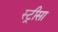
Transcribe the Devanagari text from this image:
स्ट्रीसा